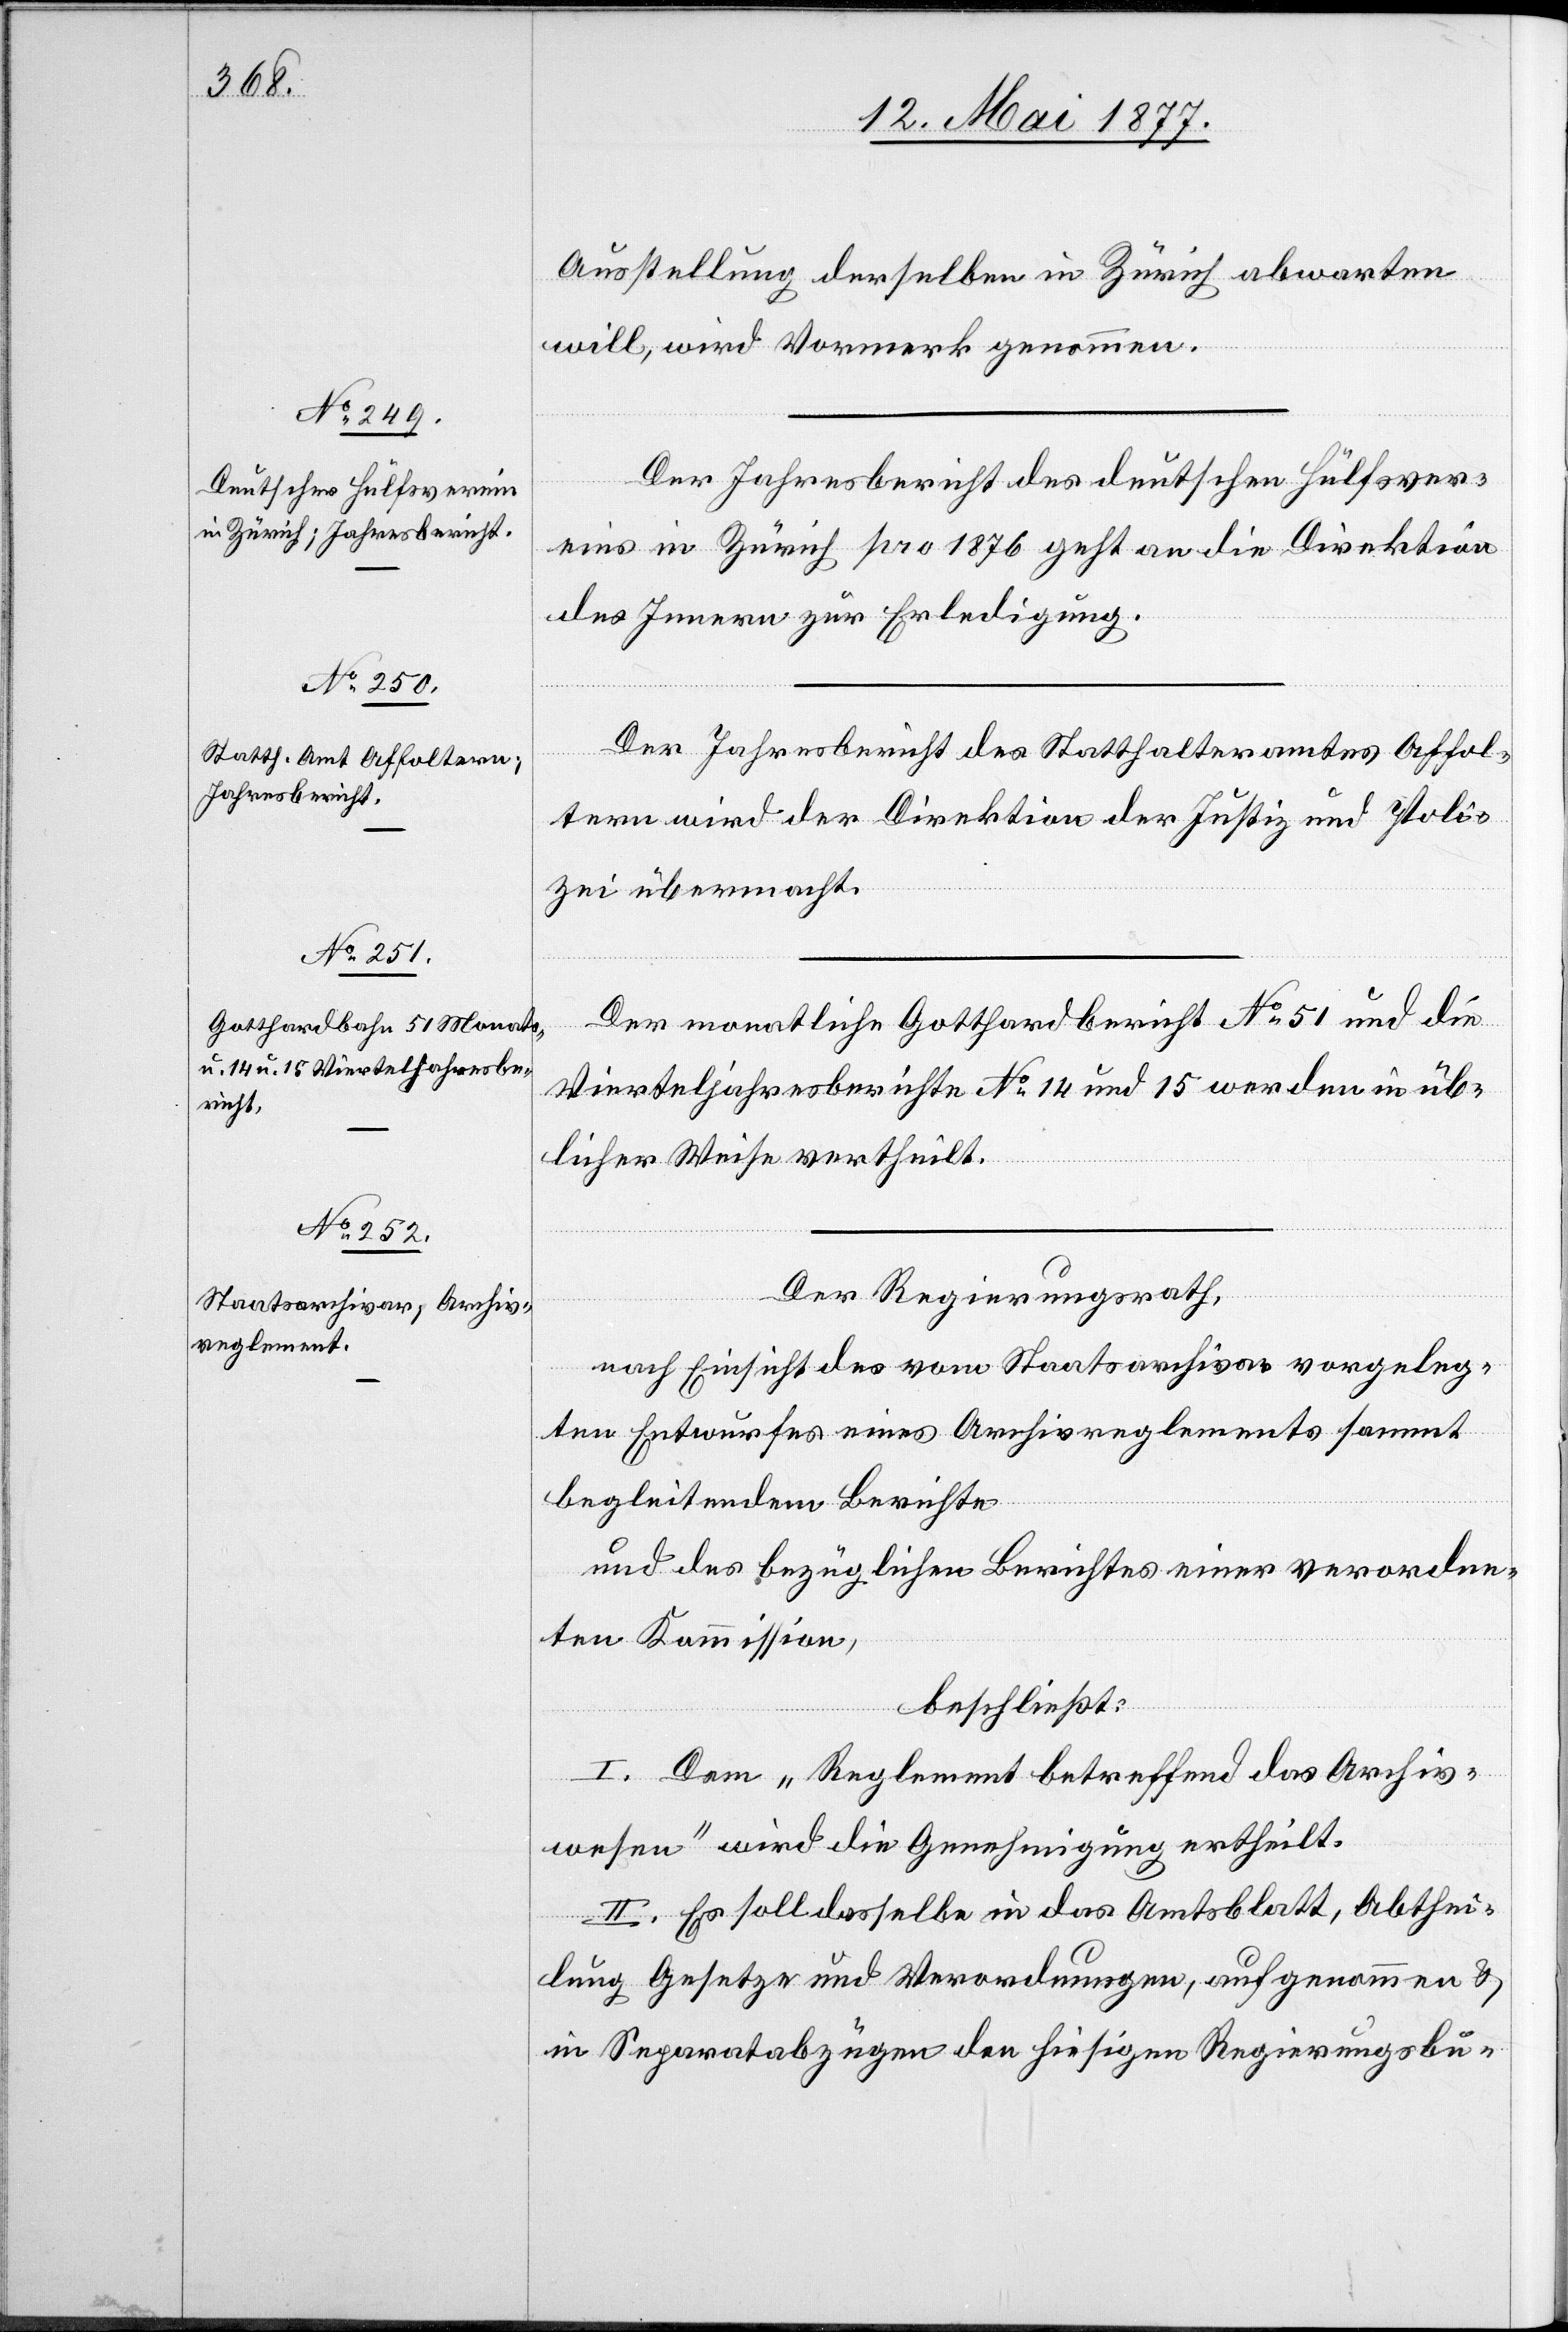
Ausstellung derselben in Zürich abwarten
will, wird Vormerk genommen.
Der Jahresbericht des deutschen Hülfsver¬
eins in Zürich pro 1876 geht an die Direktion
des Innern zur Erledigung.
Der Jahresbericht des Statthalteramtes Affol¬
tern wird der Direktion der Justiz und Poli¬
zei übermacht.
Der monatliche Gotthardbericht No 51 und die
Vierteljahresberichte No 14 und 15 werden in üb¬
licher Weise vertheilt.
Der Regierungsrath,
nach Einsicht des vom Staatsarchivar vorgeleg¬
ten Entwurfes eines Archivreglements sammt
belgleitendem Berichte
und des bezüglichen Berichtes einer verordne¬
ten Kommission,
beschließt:
I. Dem „Reglement betreffend das Archiv¬
wesen“ wird die Genehmigung ertheilt.
II. Es soll dasselbe in das Amtsblatt, Abthei¬
lung Gesetze und Verordnungen, aufgenommen &
in Separatabzügen den hiesigen Regierungsbu-